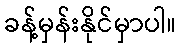
ခန့်မှန်းနိုင်မှာပါ။